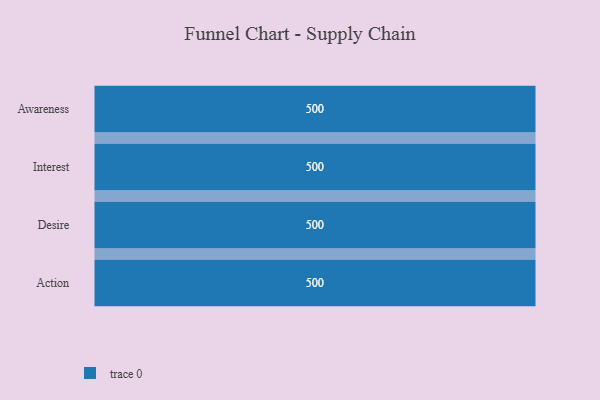
{"axis": {"x": "Stage", "y": "Value"}, "legend": [""], "data": [{"x": "Awareness", "y": 500, "type": ""}, {"x": "Interest", "y": 500, "type": ""}, {"x": "Desire", "y": 500, "type": ""}, {"x": "Action", "y": 500, "type": ""}]}